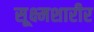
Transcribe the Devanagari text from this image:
सूक्ष्मशारीर